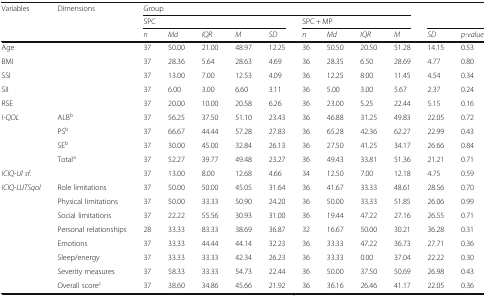
<table><thead><tr><td rowspan="3"><b>Variables</b></td><td rowspan="3"><b>Dimensions</b></td><td colspan="9"><b>Group</b></td><td rowspan="2" colspan="2"></td></tr><tr><td colspan="5"><b>SPC</b></td><td colspan="4"><b>SPC + MP</b></td></tr><tr><td><b><i>n</i></b></td><td><b><i>Md</i></b></td><td><b><i>IQR</i></b></td><td><b><i>M</i></b></td><td><b><i>SD</i></b></td><td><b><i>n</i></b></td><td><b><i>Md</i></b></td><td><b><i>IQR</i></b></td><td><b><i>M</i></b></td><td><b><i>SD</i></b></td><td><b><i>p-value</i></b></td></tr></thead><tbody><tr><td>Age</td><td></td><td>37</td><td>50.00</td><td>21.00</td><td>48.97</td><td>12.25</td><td>36</td><td>50.50</td><td>20.50</td><td>51.28</td><td>14.15</td><td>0.53</td></tr><tr><td>BMI</td><td></td><td>37</td><td>28.36</td><td>5.64</td><td>28.63</td><td>4.69</td><td>36</td><td>28.35</td><td>6.50</td><td>28.69</td><td>4.77</td><td>0.80</td></tr><tr><td>SSI</td><td></td><td>37</td><td>13.00</td><td>7.00</td><td>12.53</td><td>4.09</td><td>36</td><td>12.25</td><td>8.00</td><td>11.45</td><td>4.54</td><td>0.34</td></tr><tr><td>SII</td><td></td><td>37</td><td>6.00</td><td>3.00</td><td>6.60</td><td>3.11</td><td>36</td><td>5.00</td><td>3.00</td><td>5.67</td><td>2.37</td><td>0.24</td></tr><tr><td>RSE</td><td></td><td>37</td><td>20.00</td><td>10.00</td><td>20.58</td><td>6.26</td><td>36</td><td>23.00</td><td>5.25</td><td>22.44</td><td>5.15</td><td>0.16</td></tr><tr><td rowspan="4"><i>I-QOL</i></td><td>ALB<sup>b</sup></td><td>37</td><td>56.25</td><td>37.50</td><td>51.10</td><td>23.43</td><td>36</td><td>46.88</td><td>31.25</td><td>49.83</td><td>22.05</td><td>0.72</td></tr><tr><td>PS<sup>b</sup></td><td>37</td><td>66.67</td><td>44.44</td><td>57.28</td><td>27.83</td><td>36</td><td>65.28</td><td>42.36</td><td>62.27</td><td>22.99</td><td>0.43</td></tr><tr><td>SE<sup>b</sup></td><td>37</td><td>30.00</td><td>45.00</td><td>32.84</td><td>26.13</td><td>36</td><td>27.50</td><td>41.25</td><td>34.17</td><td>26.66</td><td>0.84</td></tr><tr><td>Total<sup>a</sup></td><td>37</td><td>52.27</td><td>39.77</td><td>49.48</td><td>23.27</td><td>36</td><td>49.43</td><td>33.81</td><td>51.36</td><td>21.21</td><td>0.71</td></tr><tr><td><i>ICIQ-UI sf.</i></td><td></td><td>37</td><td>13.00</td><td>8.00</td><td>12.68</td><td>4.66</td><td>34</td><td>12.50</td><td>7.00</td><td>12.18</td><td>4.75</td><td>0.59</td></tr><tr><td rowspan="8"><i>ICIQ-LUTSqol</i></td><td>Role limitations</td><td>37</td><td>50.00</td><td>50.00</td><td>45.05</td><td>31.64</td><td>36</td><td>41.67</td><td>33.33</td><td>48.61</td><td>28.56</td><td>0.70</td></tr><tr><td>Physical limitations</td><td>37</td><td>50.00</td><td>33.33</td><td>50.90</td><td>24.20</td><td>36</td><td>50.00</td><td>33.33</td><td>51.85</td><td>26.06</td><td>0.99</td></tr><tr><td>Social limitations</td><td>37</td><td>22.22</td><td>55.56</td><td>30.93</td><td>31.00</td><td>36</td><td>19.44</td><td>47.22</td><td>27.16</td><td>26.55</td><td>0.71</td></tr><tr><td>Personal relationships</td><td>28</td><td>33.33</td><td>83.33</td><td>38.69</td><td>36.87</td><td>32</td><td>16.67</td><td>50.00</td><td>30.21</td><td>36.28</td><td>0.31</td></tr><tr><td>Emotions</td><td>37</td><td>33.33</td><td>44.44</td><td>44.14</td><td>32.23</td><td>36</td><td>33.33</td><td>47.22</td><td>36.73</td><td>27.71</td><td>0.36</td></tr><tr><td>Sleep/energy</td><td>37</td><td>33.33</td><td>33.33</td><td>42.34</td><td>26.23</td><td>36</td><td>33.33</td><td>0.00</td><td>37.04</td><td>22.22</td><td>0.30</td></tr><tr><td>Severity measures</td><td>37</td><td>58.33</td><td>33.33</td><td>54.73</td><td>22.44</td><td>36</td><td>50.00</td><td>37.50</td><td>50.69</td><td>26.98</td><td>0.43</td></tr><tr><td>Overall score<sup>c</sup></td><td>37</td><td>38.60</td><td>34.86</td><td>45.66</td><td>21.92</td><td>36</td><td>36.16</td><td>26.46</td><td>41.17</td><td>22.05</td><td>0.36</td></tr></tbody></table>